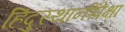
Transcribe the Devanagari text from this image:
हिंदुस्थानींपेक्षा